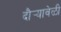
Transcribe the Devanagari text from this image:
दौर्‍यावेळी